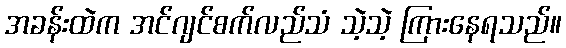
အခန်းထဲက အင်ဂျင်စက်လည်သံ သဲ့သဲ့ ကြားနေရသည်။